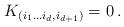
LaTeX: \begin{align*}K_{(i_1\dots i_d,i_{d+1})} = 0\,.\end{align*}